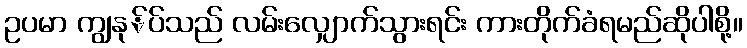
ဥပမာ ကျွနု်ပ်သည် လမ်းလျှောက်သွားရင်း ကားတိုက်ခံရမည်ဆိုပါစို့။